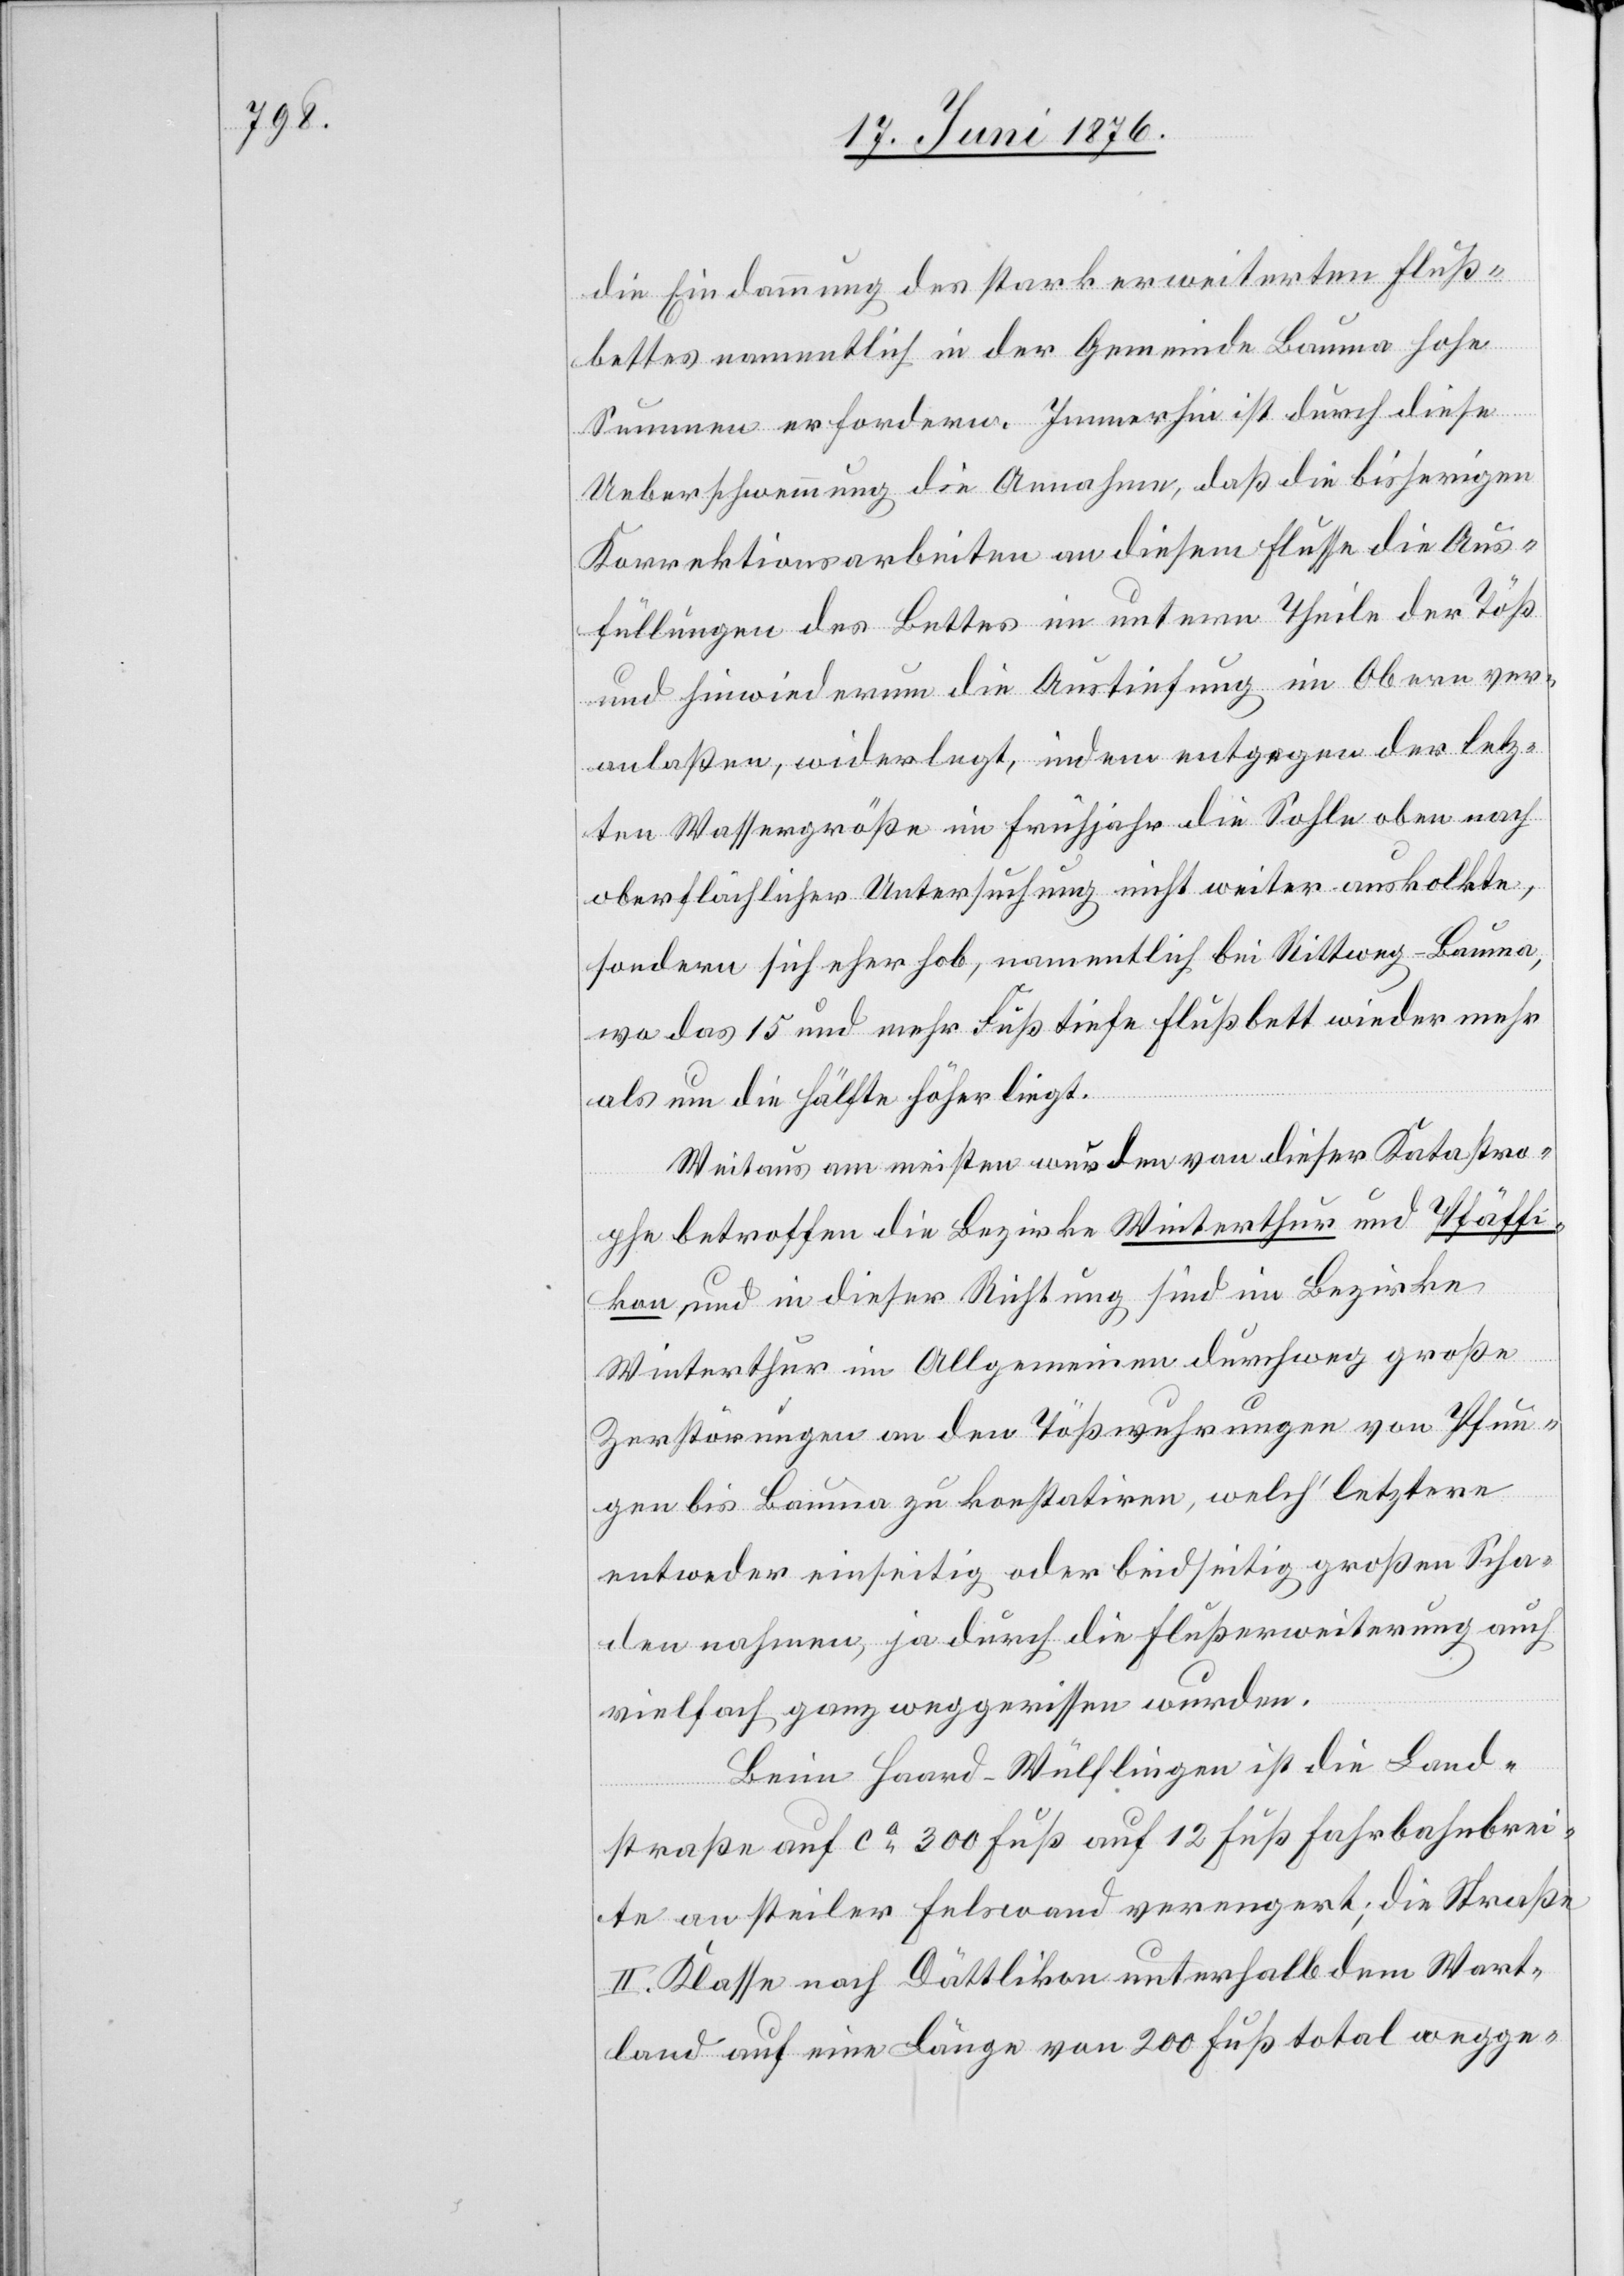
die Eindämmung des stark erweiterten Fluß¬
bettes namentlich in der Gemeinde Bauma hohe
Summen erfordern. Immerhin ist durch diese
Ueberschwemmung die Annahme, daß die bisherigen
Korrektionsarbeiten an diesem Flusse die Aus¬
füllungen des Bettes im untern Theile der Töß
und hinwiederum die Austiefung im Obern ver¬
anlaßen, widerlegt, indem entgegen der letz¬
ten Wassergröße im Frühjahr die Sohle oben nach
oberflächlicher Untersuchung nicht weiter auskolkte,
sondern sich eher hob, namentlich bei Rittweg - Bauma,
wo das 15 und mehr Fuß tiefe Flußbett wieder mehr
als um die Hälfte höher liegt.
Weitaus am meisten wurden von dieser Katastro¬
phe betroffen die Bezirke Winterthur und Pfäffi¬
kon, und in dieser Richtung sind im Bezirke
Winterthur im Allgemeinen durchweg große
Zerstörungen an den Tößwuhrungen von Pfun¬
gen bis Bauma zu konstatiren, welch’ letztere
entweder einseitig oder beidseitig großen Scha¬
den nahmen, ja durch die Flußerweiterung auch
vielfach ganz weggerissen wurden.
Beim Haard - Wülflingen ist die Land¬
straße auf ca 300 Fuß auf 12 Fuß Fahrbahnbrei¬
te an steiler Felswand verengert; die Straße
II. Klasse nach Dättikon unterhalb dem Wart¬
land auf eine Länge von 200 Fuß total wegge-